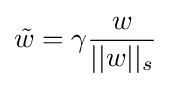
{\tilde {w}}=\gamma {\frac {w}{||w||_{s}}}